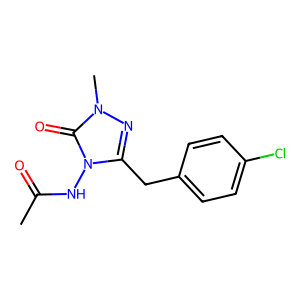
SMILES: CC(=O)Nn1c(Cc2ccc(Cl)cc2)nn(C)c1=O
Inhibits HIV replication: No